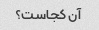
آن کجاست؟